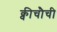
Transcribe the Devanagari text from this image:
क्वीचौची